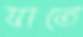
ঘাতে